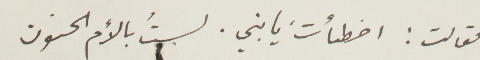
فقالت: أخطأت يا بني. لست بالام الحنون